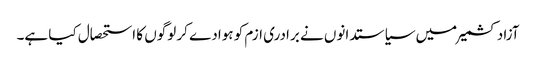
آزادکشمیر میں سیاستدانوں نے برادری ازم کو ہوادے کر لوگوں کا استحصال کیا ہے۔